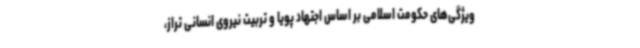
ویژگی‌های حکومت اسلامی بر اساس اجتهاد پویا و تربیت نیروی انسانی تراز،